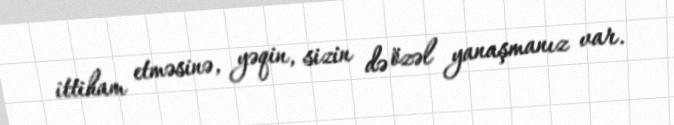
ittiham etməsinə, yəqin, sizin də özəl yanaşmanız var.